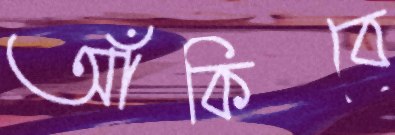
আঁকিবে